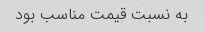
به نسبت قیمت مناسب بود